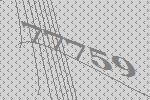
77759